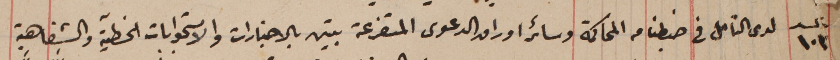
عدد ١٠٣  لدى التامل فى ضبطنا من المحاكمة وسائر اوراق الدعوى المتفرعة تبين بالاخبارات والاستجوابات الخطيّة والشفاهِية